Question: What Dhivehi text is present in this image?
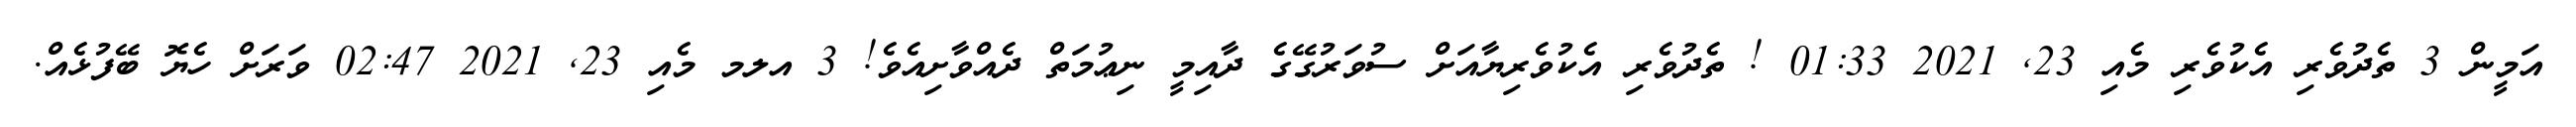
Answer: އަމީން 3 ތެދުވެރި އެކުވެރި މެއި 23, 2021 01:33 ! ތެދުވެރި އެކުވެރިޔާއަށް ސުވަރުގޭގެ ދާއިމީ ނިޢުމަތް ދެއްވާށިއެވެ! 3 އލމ މެއި 23, 2021 02:47 ވަރަށް ހެޔޮ ބޭފުޅެއް.